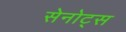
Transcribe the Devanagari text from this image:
सेनोट्स